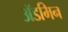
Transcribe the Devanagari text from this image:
ॲडमिन